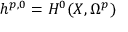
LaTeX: h ^ { p , 0 } = H ^ { 0 } ( X , \Omega ^ { p } )